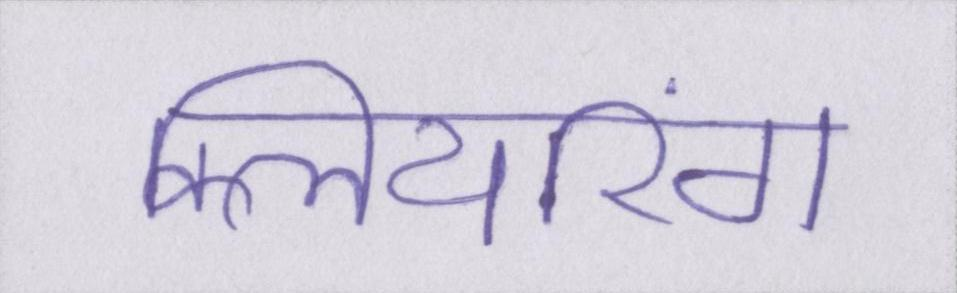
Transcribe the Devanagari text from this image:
क्लियरिंग